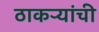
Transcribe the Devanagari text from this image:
ठाकऱ्यांची